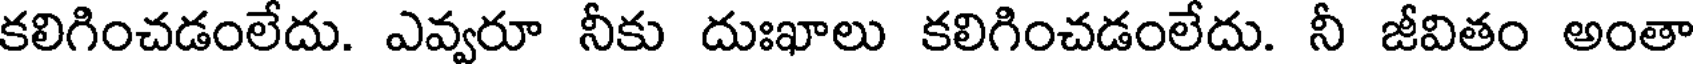
కలిగించడంలేదు. ఎవ్వరూ నీకు దుఃఖాలు కలిగించడంలేదు. నీ జీవితం అంతా